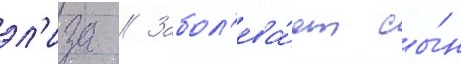
эл'иза // Забол'ева́ет сы́н